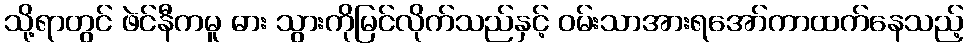
သို့ရာတွင် ဖဲင်နီကမူ ဓား သွားကိုမြင်လိုက်သည်နှင့် ဝမ်းသာအားရအော်ကာထက်နေသည့်